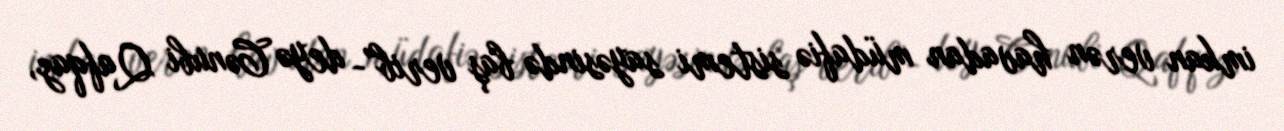
imkan verən havadan müdafiə sistemi sayəsində baş verib”- deyə Cənubi Qafqaz,